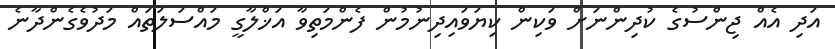
އަދި އެއް ޖިންސުގެ ކުދިންނަށް ވަކިން ކިޔަވައިދިނުމުން ފެންމަތިވާ އަޚްލާގީ މައްސަލަތައް މަދުވެގެންދާނެ